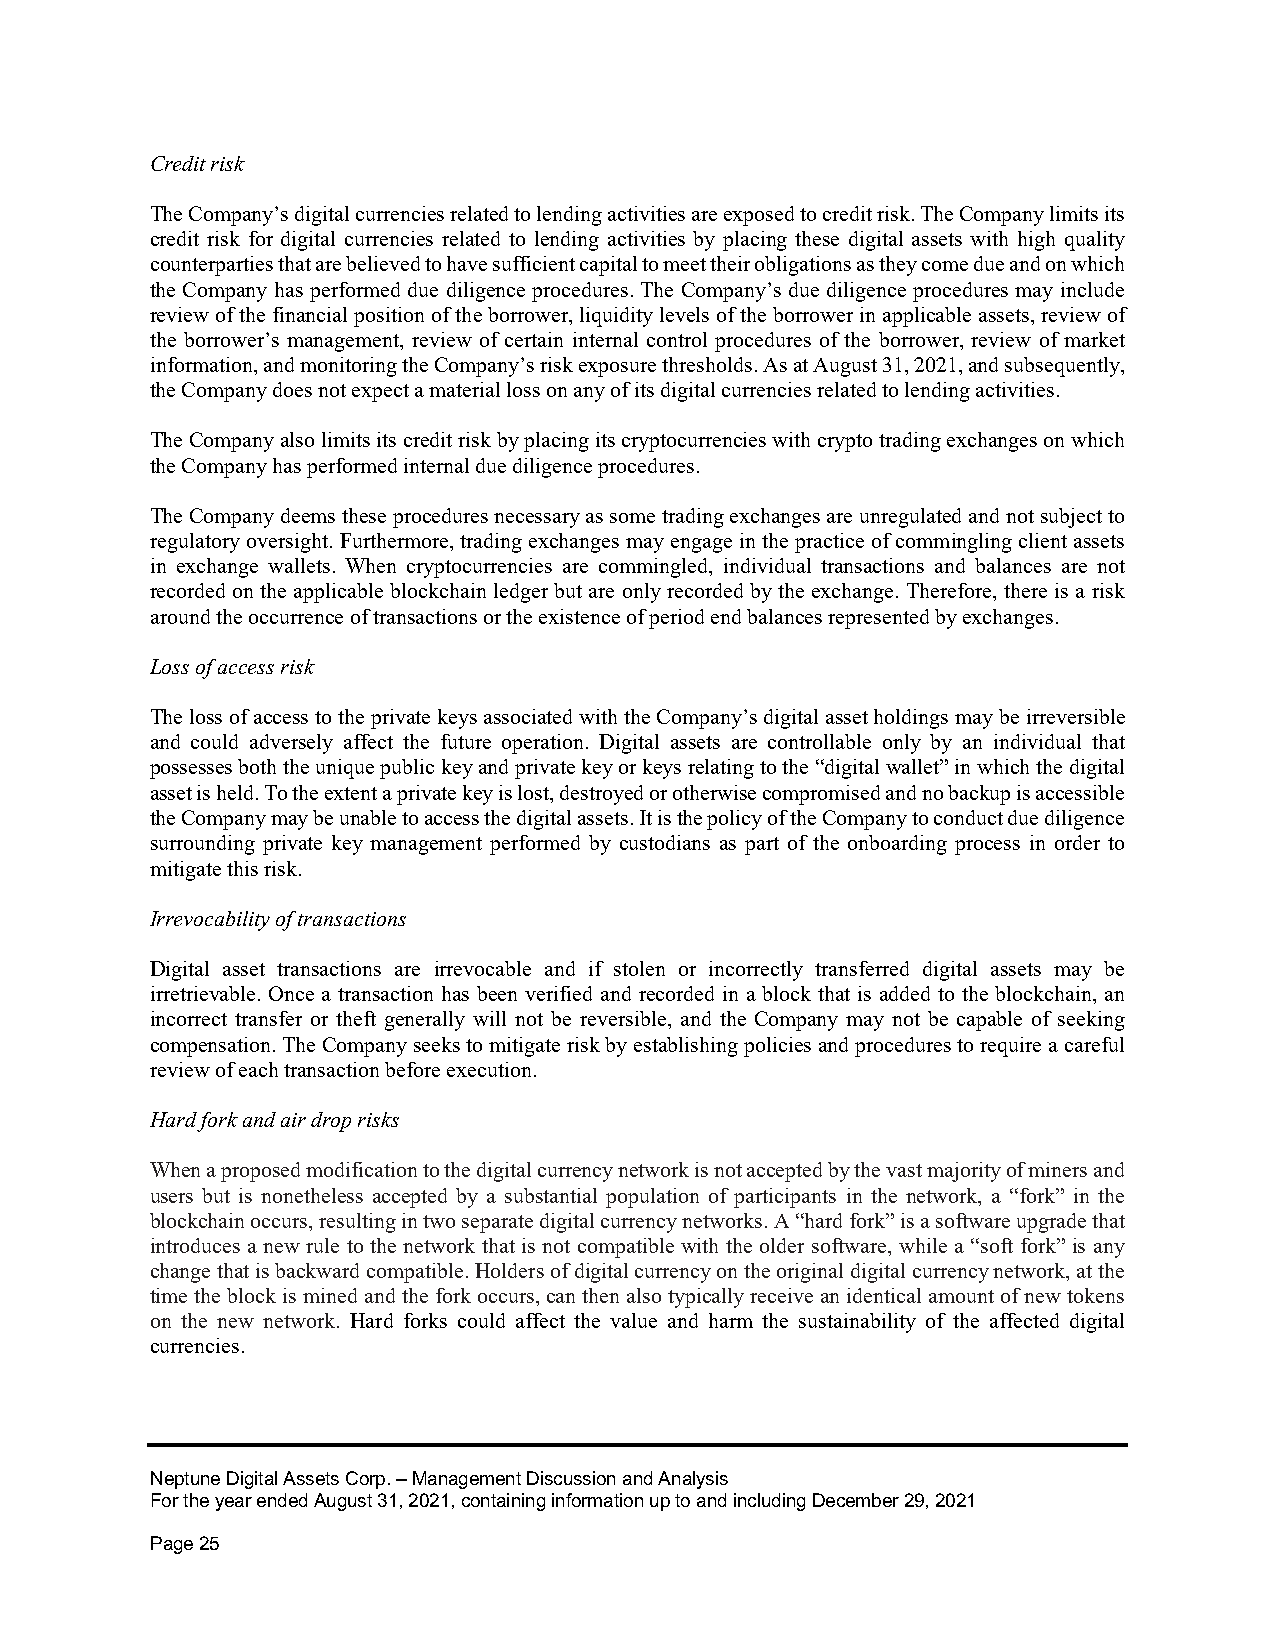
Credit risk
 The Company’s digital currencies related to lending activities are exposed to credit risk. The Company limits its
 credit risk for digital currencies related to lending activities by placing these digital assets with high quality
 counterparties that are believed to have sufficient capital to meet their obligations as they come due and on which
 the Company has performed due diligence procedures. The Company’s due diligence procedures may include
 review of the financial position of the borrower, liquidity levels of the borrower in applicable assets, review of
 the borrower’s management, review of certain internal control procedures of the borrower, review of market
 information, and monitoring the Company’s risk exposure thresholds. As at August 31, 2021, and subsequently,
 the Company does not expect a material loss on any of its digital currencies related to lending activities.
 The Company also limits its credit risk by placing its cryptocurrencies with crypto trading exchanges on which
 the Company has performed internal due diligence procedures.
 The Company deems these procedures necessary as some trading exchanges are unregulated and not subject to
 regulatory oversight. Furthermore, trading exchanges may engage in the practice of commingling client assets
 in exchange wallets. When cryptocurrencies are commingled, individual transactions and balances are not
 recorded on the applicable blockchain ledger but are only recorded by the exchange. Therefore, there is a risk
 around the occurrence of transactions or the existence of period end balances represented by exchanges.
 Loss of access risk
 The loss of access to the private keys associated with the Company’s digital asset holdings may be irreversible
 and could adversely affect the future operation. Digital assets are controllable only by an individual that
 possesses both the unique public key and private key or keys relating to the “digital wallet” in which the digital
 asset is held. To the extent a private key is lost, destroyed or otherwise compromised and no backup is accessible
 the Company may be unable to access the digital assets. It is the policy of the Company to conduct due diligence
 surrounding private key management performed by custodians as part of the onboarding process in order to
 mitigate this risk.
 Irrevocability of transactions
 Digital asset transactions are irrevocable and if stolen or incorrectly transferred digital assets may be
 irretrievable. Once a transaction has been verified and recorded in a block that is added to the blockchain, an
 incorrect transfer or theft generally will not be reversible, and the Company may not be capable of seeking
 compensation. The Company seeks to mitigate risk by establishing policies and procedures to require a careful
 review of each transaction before execution.
 Hard fork and air drop risks
 When a proposed modification to the digital currency network is not accepted by the vast majority of miners and
 users but is nonetheless accepted by a substantial population of participants in the network, a “fork” in the
 blockchain occurs, resulting in two separate digital currency networks. A “hard fork” is a software upgrade that
 introduces a new rule to the network that is not compatible with the older software, while a “soft fork” is any
 change that is backward compatible. Holders of digital currency on the original digital currency network, at the
 time the block is mined and the fork occurs, can then also typically receive an identical amount of new tokens
 on the new network. Hard forks could affect the value and harm the sustainability of the affected digital
 currencies.
 Neptune Digital Assets Corp. – Management Discussion and Analysis
 For the year ended August 31, 2021, containing information up to and including December 29, 2021
 Page 25